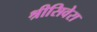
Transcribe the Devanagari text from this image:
श्रीसिवेरा